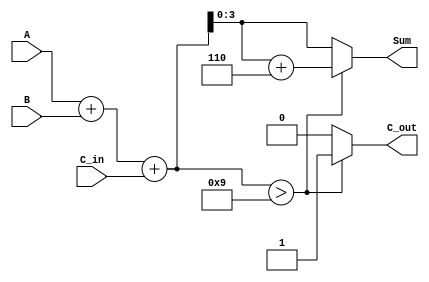
module BCD_Parallel_Adder (
    input  [3:0] A,        // BCD digit A
    input  [3:0] B,        // BCD digit B
    input        C_in,     // Carry input
    output reg [3:0] Sum,  // BCD sum output
    output reg C_out       // Carry output
);

    wire [4:0] S;          // Intermediate sum (5 bits to accommodate carry)
    
    // Binary Addition
    assign S = A + B + C_in;

    always @(*) begin
        // Default outputs
        Sum = 4'b0000;
        C_out = 1'b0;

        // Check if the sum is valid BCD
        if (S > 5'b01001) begin
            // If the sum is greater than 9, we need to add 6 (0110)
            Sum = S + 5'b00110; // Correct the sum
            C_out = 1'b1;       // Set carry out
        end else begin
            // If the sum is valid, assign it directly
            Sum = S[3:0]; // Only the lower 4 bits are valid
        end
    end

endmodule